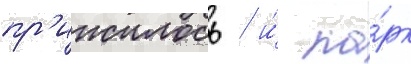
пр'ижилось / и́ па́рк